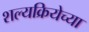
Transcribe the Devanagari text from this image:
शल्यक्रियेच्या